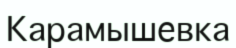
Карамышевка